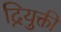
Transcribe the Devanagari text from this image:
द्नियुक्ती